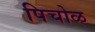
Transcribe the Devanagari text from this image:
पिचोळ